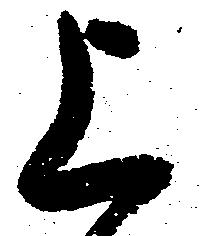
上